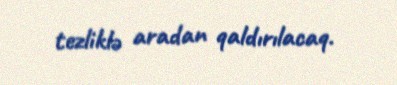
tezliklə aradan qaldırılacaq.